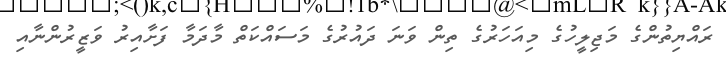
ރައްޔިތުންގެ މަޖިލީހުގެ މިއަހަރުގެ ތިން ވަނަ ދައުރުގެ މަސައްކަތް މާދަމާ ފަށާއިރު ވަޒީރުންނާއި